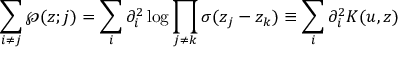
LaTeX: \sum _ { i \neq j } \wp ( z ; j ) = \sum _ { i } \partial _ { i } ^ { 2 } \log \prod _ { j \neq k } \sigma ( z _ { j } - z _ { k } ) \equiv \sum _ { i } \partial _ { i } ^ { 2 } K ( u , z )